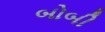
બોબી